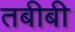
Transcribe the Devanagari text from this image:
तबीबी